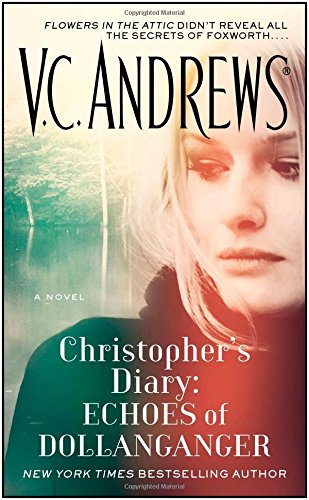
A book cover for Christopher's Diary: Echoes of Dollanganger; V.C. Andrews; Romance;